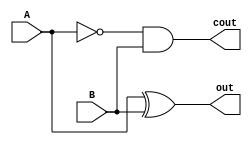
`timescale 1ns / 1ps
//////////////////////////////////////////////////////////////////////////////////
// Company: 
// Engineer: 
// 
// Design Name: 
// Module Name: sub_borrow
// Project Name: 
// Target Devices: 
// Tool Versions: 
// Description: 
// 
// Dependencies: 
// 
// Revision:
// Revision 0.01 - File Created
// Additional Comments:
// 
//////////////////////////////////////////////////////////////////////////////////


module sub_borrow(A, B, out, cout);
    input A, B;
    output out, cout;
    
    assign out = A ^ B ^ (1'b0);
    assign cout = (~(A ^ B) & (1'b0)) | (~A & B);
endmodule